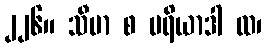
၂၂၆။ သီမာ စ မရိယာဒါ ထ၊